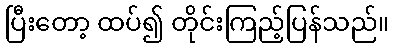
ပြီးတော့ ထပ်၍ တိုင်းကြည့်ပြန်သည်။